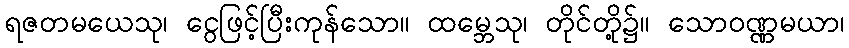
ရဇတမယေသု၊ ငွေဖြင့်ပြီးကုန်သော။ ထမ္ဘေသု၊ တိုင်တို့၌။ သောဝဏ္ဏမယာ၊